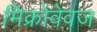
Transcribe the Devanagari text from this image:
मिक्रोवेवज